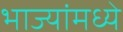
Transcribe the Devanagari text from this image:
भाज्यांमध्ये